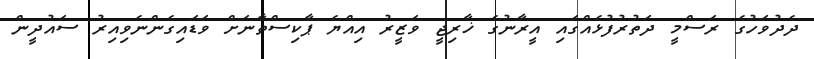
ދެދުވަހުގެ ރަސްމީ ދަތުރުފުޅެއްގައި އީރާނުގެ ޚާރިޖީ ވަޒީރު އިއްޔެ ޕާކިސްތާނަށް ވަޑައިގެންނެވިއިރު ސައުދީން